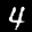
Label: 4